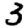
Digit: 3